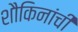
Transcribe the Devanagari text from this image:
शौकिनांची